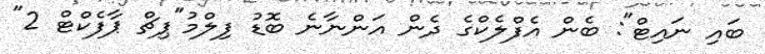
ބައި ނައިޓް": ބެން އެފްލެކްގެ ދެން އަންނާނެ ބޮޑު ފިލްމު"ޕިޗް ޕާފެކްޓް 2"